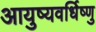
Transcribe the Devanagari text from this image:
आयुष्यवर्धिष्णु